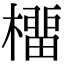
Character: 橊